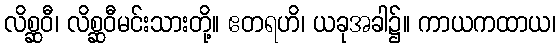
လိစ္ဆဝီ၊ လိစ္ဆဝီမင်းသားတို့။ ဧတရဟိ၊ ယခုအခါ၌။ ကာယကထာယ၊